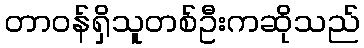
တာဝန်ရှိသူတစ်ဦးကဆိုသည်